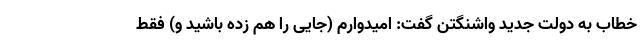
خطاب به دولت جدید واشنگتن گفت: امیدوارم (جایی را هم زده باشید و) فقط